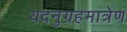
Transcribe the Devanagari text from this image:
यदनुग्रहमात्रेण